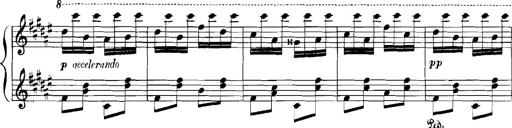
Title: Rhapsodies hongroises
Composer: Franz Liszt